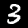
Digit: 3